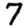
Digit: 7